Vaccination report Assam 1896-1927 - 1896-1927
Year: 1896
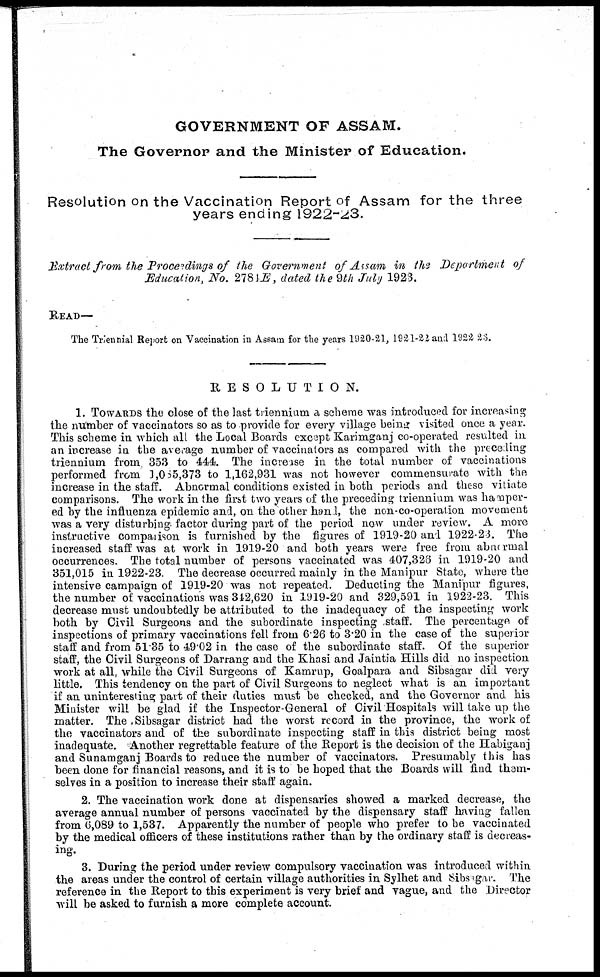
GOVERNMENT OF ASSAM.
The Governor and the Minister of Education.
Resolution on the Vaccination Report of Assam for the three
years ending 1922-23.
Extract from the Proceedings of the Government of Assam in the Department of
Education, No. 2781E , dated the 9th July 1923.
READ—
The Triennial Report on Vaccination in Assam for the years 1920-21, 1921-22 and 1922 23.
RESOLUTION.
1. TOWARDS the close of the last triennium a scheme was introduced for increasing
the number of vaccinators so as to provide for every village being visited once a year.
This scheme in which all the Local Boards except Karimganj co-operated resulted in
an increase in the average number of vaccinators as compared with the preceding
triennium from, 353 to 444. The increase in the total number of vaccinations
performed from 1,085,373 to 1,162,931 was not however commensurate with the
increase in the staff. Abnormal conditions existed in both periods and these vitiate
comparisons. The work in the first two years of the preceding triennium was hamper-
ed by the influenza epidemic and, on the other hand, the non-co-operation movement
was a very disturbing factor during part of the period now under review. A more
instructive comparison is furnished by the figures of 1919-20 and 1922-23. The
increased staff was at work in 1919-20 and both years were free from abnormal
occurrences. The total number of persons vaccinated was 407,326 in 1919-20 and
351,015 in 1922-23. The decrease occurred mainly in the Manipur State, where the
intensive campaign of 1919-20 was not repeated. Deducting the Manipur figures,
the number of vaccinations was 342,620 in 1919-20 and 329,591 in 1922-23. This
decrease must undoubtedly be attributed to the inadequacy of the inspecting work
both by Civil Surgeons and the subordinate inspecting staff. The percentage of
inspections of primary vaccinations fell from 6.26 to 3.20 in the case of the superior
staff and from 51.35 to 49.02 in the case of the subordinate staff. Of the superior
staff, the Civil Surgeons of Darrang and the Khasi and Jaintia Hills did no inspection
work at all, while the Civil Surgeons of Kamrup, Goalpara and Sibsagar did very
little. This tendency on the part of Civil Surgeons to neglect what is an important
if an uninteresting part of their duties must be checked, and the Governor and his
Minister will be glad if the Inspector-General of Civil Hospitals will take up the
matter. The Sibsagar district had the worst record in the province, the work of
the vaccinators and of the subordinate inspecting staff in this district being most
inadequate. Another regrettable feature of the Report is the decision of the Habiganj
and Sunamganj Boards to reduce the number of vaccinators. Presumably this has
been done for financial reasons, and it is to be hoped that the Boards will find thorn-
selves in a position to increase their staff again.
2. The vaccination work done at dispensaries showed a marked decrease, the
average annual number of persons vaccinated by the dispensary staff having fallen
from 6,089 to 1,537. Apparently the number of people who prefer to be vaccinated
by the medical officers of these institutions rather than by the ordinary staff is decreas-
ing.
3. During the period under review compulsory vaccination was introduced within
the areas under the control of certain village authorities in Sylhet and Sibsagar. The
reference in the Report to this experiment is very brief and vague, and the Director
will be asked to furnish a more complete account.